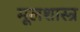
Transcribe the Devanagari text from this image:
मूलशास्त्र